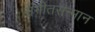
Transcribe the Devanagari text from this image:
संगीतसन्मान